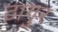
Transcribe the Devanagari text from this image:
ठागुर